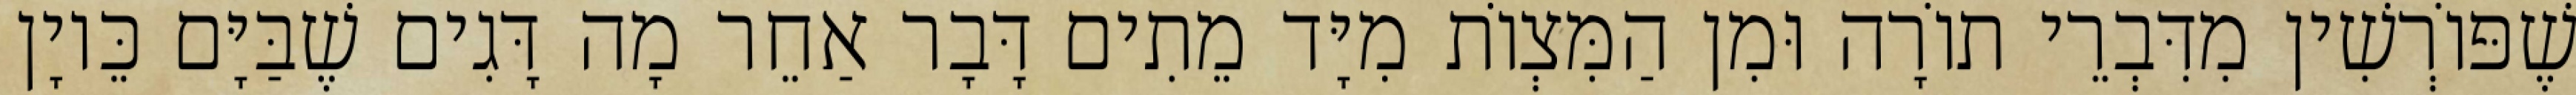
שֶׁפּוֹרְשִׁין מִדִּבְרֵי תוֹרָה וּמִן הַמִּצְוֹת מִיָּד מֵתִים דָּבָר אַחֵר מָה דָּגִים שֶׁבַּיָּם כֵּיוָן